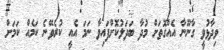
ވިދާޅުވީ ގާނޫނާ އެއްގޮތަށް މުދާ ބަދަލުކޮށްފައިވާ ނަމަ އެއީ ކުރެވޭނެ ކަމެއް ކަމަށް